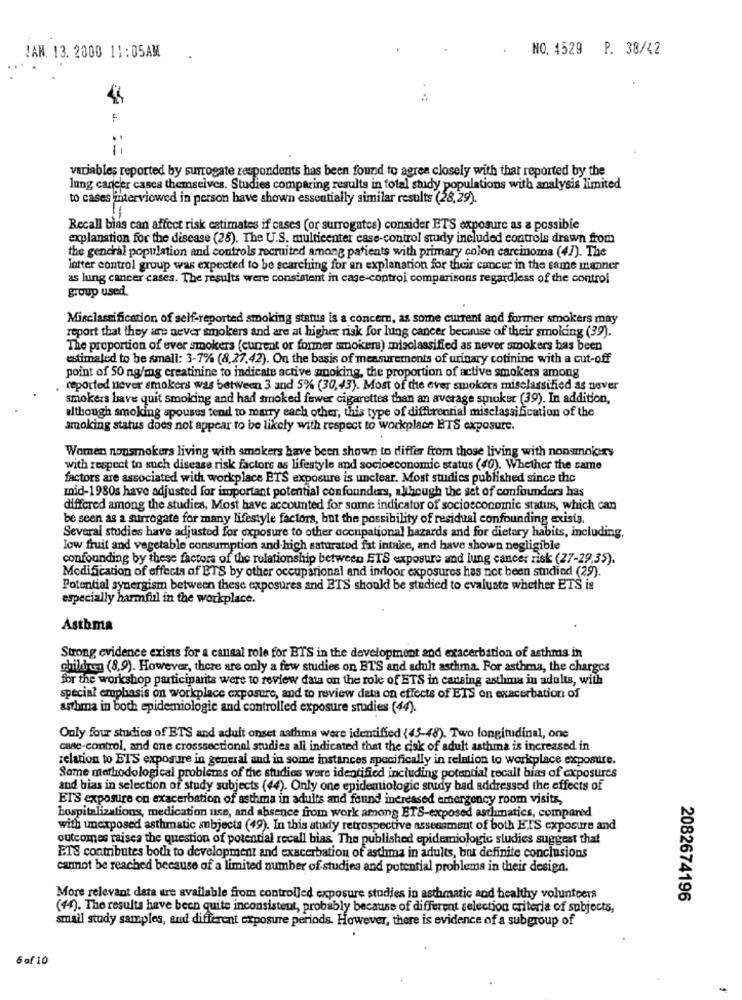
NO. 4529 P. 38/42
!AN. 13. 2000 11:05AM
variables reported by surrogate respondents has been found to agree closely with that reported by the
lung cancer casca themselves. Studies comparing results in total study populations with analysis limited
to cases interviewed in person have shown essentially similar results (28,29).
Recall bias can affect risk estimates if cases (or surrogates) consider ETS exposure as a possible
explanation for the disease (28). The U.S. multicenter case-control study included controls drawn from
the general population and controls recruited among patients with primary colon carcinoma (47). The
lotter control group was expected to be searching for an explanation for their cancer in the same manner
as lung cancer cases. The results were consistent in cage-control comparisons regardless of the control
group used.
Misclassification of self-reported smoking status is a concern, as some current and former smokers may
report that they are never smokers and are at higher risk for lung cancer because of their smoking (39).
The proportion of ever smokers (current or former smokers) misclassified as never smokers has been
estimaled to be small: 3-7% (8,27.42). On the basis of measurements of urinary cotinine with a cut-off
point of 50 ng/mg creatinine to indicate active smoking, the proportion of active smokers among
reported never smokers was between 3 and 5% (30,43). Most of the ever smokers misclassified as never
smokers bave quit smoking and had smoked fewer cigarettes than an average stuker (39). In addition,
although smoking spouses tend to marry each other, this type of differential misclassification of the
smoking status does not appear to be likely with respect to workplace ETS exposure.
Women nonsmokers living with smokers have been shown to differ from those living with nonsmokers
with respect to such disease risk factors as lifestyle and socioeconomic status (40). Whether the same
factors are associated with workplace ETS exposure is unclear. Most studies published since the
mid-1980s have adjusted for important potential confounderrs, although the set of confounders has
differed among the studies, Most have accounted for some indicator of socioeconomic status, which can
be seen as a surrogate for many lifestyle factors, but the possibility of residual confounding exists,
Several studies have adjusted for exposure to other occupational hazards and for dietary habits, including.
low fruit and vegetable consumption and high saturated fat intake, and have shown negligible
confounding by these factors of the relationship between ETS exposure and lung cancer risk (27-29,35).
Modification of effects of ETS by other occupational and indoor exposures has not been studied (29).
Potential synergism between these exposures and ETS should be studied to evaluate whether ETS is
especially harmful in the workplace."
Asthma
Strong evidence exists for a cansal role for BTS in the development and exacerbation of asthma in
children (8,9). However, there are only a few studies on BTS and adult asthma. For asthma, the charges
for the workshop participarits were to review data on the role of ETS in cansing asthma in adults, with
special emphasis on workplace exposure, and to review data on effects of ETS on exacerbation of
asthma in both epidemiologic and controlled exposure studies (44).
Only four studies of ETS and adult onset asthma were identified (45-48). Two longitudinal, one
case-control, and one crosssectional studies all indicated that the risk of adult asthma is increased in
relation to ETS exposure in general and in some instances specifically in relation to workplace exposure.
Some methodological problems of the studies were identified including potential tocall bias of exposures
and bias in selection of study subjects (44). Only one epidemiologic study bad addressed the effects of
ETS exposure on exacerbation of asthma in adults and found increased emergency room visits,
hospitalizations, medication use, and absence from work among ETS-exposed asthmatics, compared
with unexposed asthmatic subjects (49). In this study retrospective assessment of both ETS exposure and
outcomes raisea the question of potential recall bias The published epidemiologic studies suggest that
ETS contributes both to development and exacerbation of asthma in adults, but definite conclusions
cannot be reached because of a limited number of studies and potential problems in their design.
More relevant data are available from controlled exposure studies in asthmatic and healthy volunteers
2082674196
(44). The results have been quite inconsistent, probably because of different selection criteria of subjects,
smail study samples, and different exposure periods. However, there is evidence of a subgroup of
6 of 10